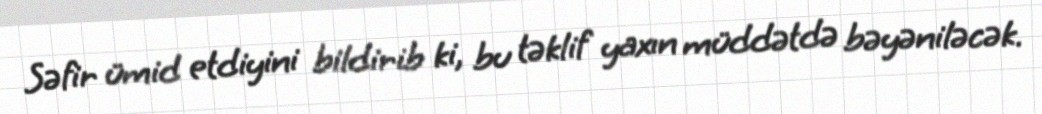
Səfir ümid etdiyini bildirib ki, bu təklif yaxın müddətdə bəyəniləcək.